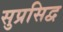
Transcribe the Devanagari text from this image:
सुप्रसिद्व